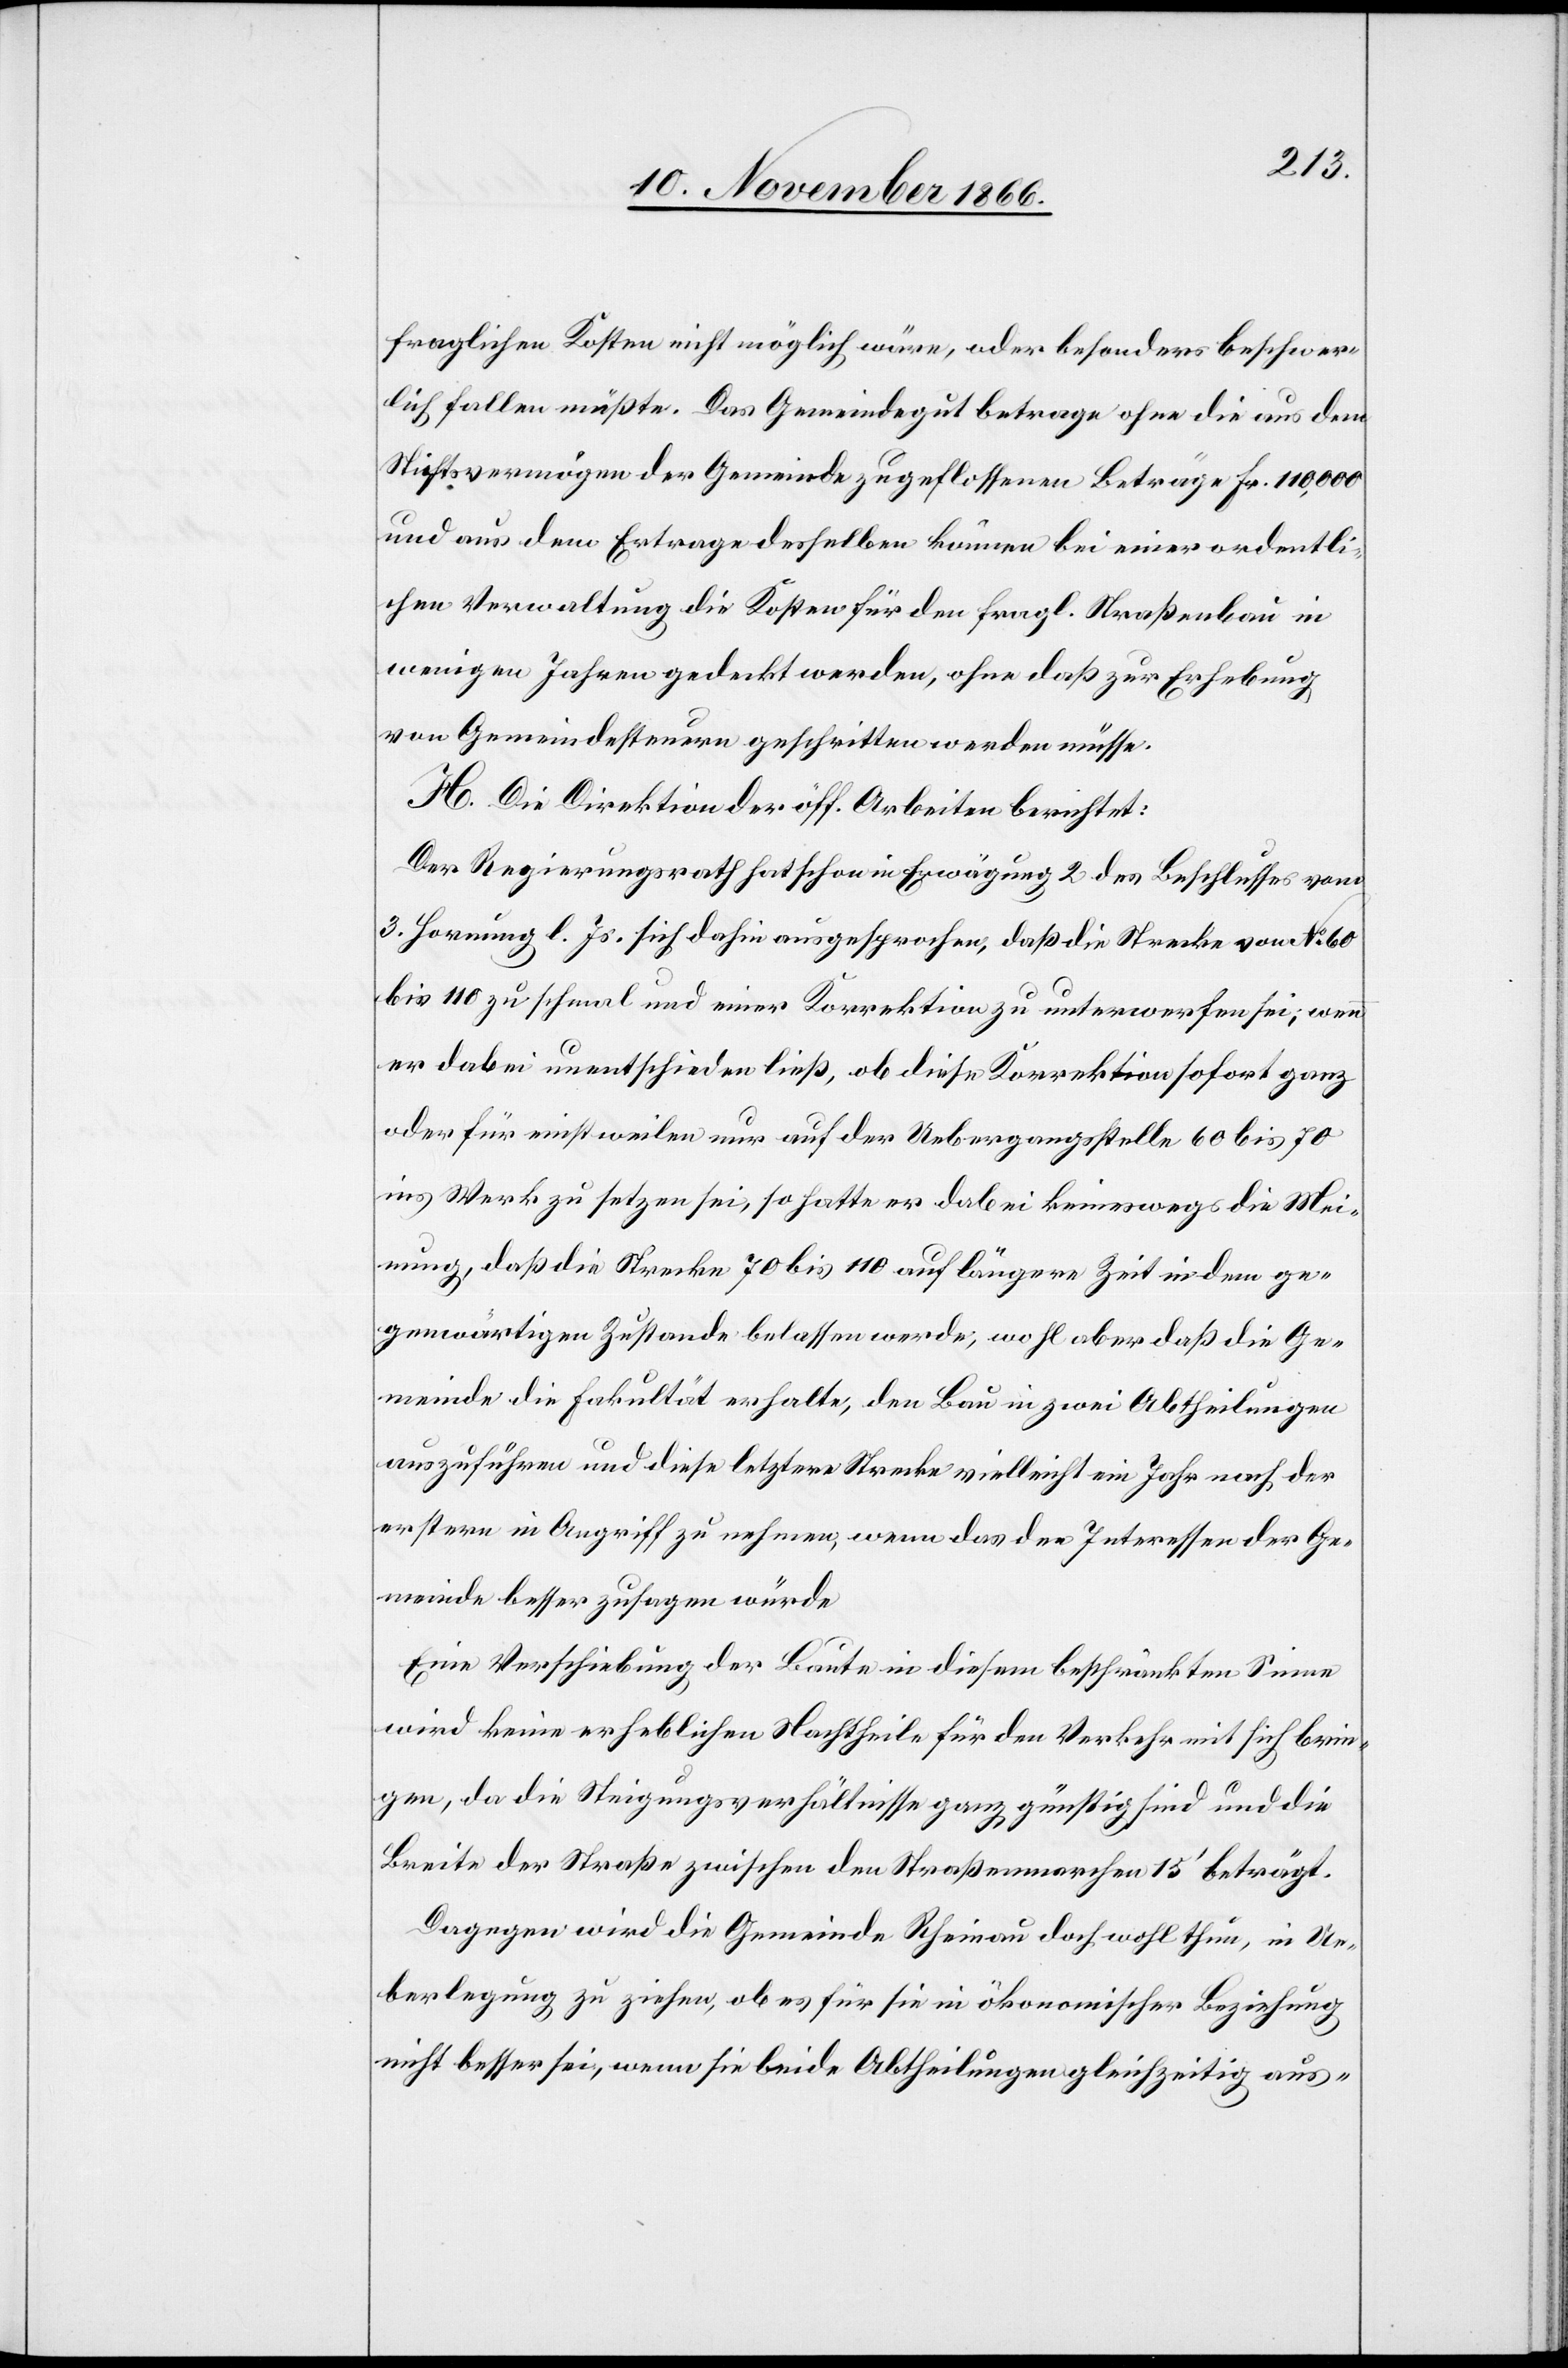
fraglichen Kosten nicht möglich wäre, oder besonders beschwer¬
lich fallen müßte. Das Gemeindegut betrage ohne die aus dem
Stiftsvermögen der Gemeinde zugeflossenen Beträge Fr. 110 000
und aus dem Ertrage desselben können bei einer ordentli¬
chen Verwaltung die Kosten für den fragl. Straßenbau in
wenigen Jahren gedeckt werden, ohne daß zur Erhebung
von Gemeindesteuern geschritten werden müsse.
H. Die Direktion der öff. Arbeiten berichtet:
Der Regierungsrath hat schon in Erwägung 2 des Beschlusses vom
3. Hornung l. Js. sich dahin ausgesprochen, daß die Strecke von No. 60
bis 110 zu schmal und einer Korrektion zu unterwerfen sei; wenn
er dabei unentschieden ließ, ob diese Korrektion sofort ganz
oder für einstweilen nur auf der Uebergangsstelle 60 bis 70
ins Werk zu setzen sei, so hatte er dabei keineswegs die Mei¬
nung, daß die Strecke 70 bis 110 auf längere Zeit in dem ge¬
genwärtigen Zustande belassen werde; wohl aber, daß die Ge¬
meinde die Fakultät erhalte, den Bau in zwei Abtheilungen
auszuführen und diese letztere Strecke vielleicht ein Jahr nach der
erstern in Angriff zu nehmen, wenn das den Interessen der Ge¬
meinde besser zusagen würde.
Eine Verschiebung der Baute in diesem beschränkten Sinne
wird keine erheblichen Nachtheile für den Verkehr mit sich brin¬
gen, da die Steigungsverhältnisse ganz günstig sind und die
Breite der Straße zwischen den Straßenmarchen 15‘ beträgt.
Dagegen wird die Gemeinde Rheinau doch wohl thun, in Ue¬
berlegung zu ziehen, ob es für sie in ökonomischer Beziehung
nicht besser sei, wenn sie beide Abtheilungen gleichzeitig aus-